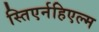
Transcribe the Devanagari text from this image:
स्तिएर्नहिएल्म